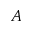
A